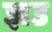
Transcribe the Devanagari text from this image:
ज्ञउ